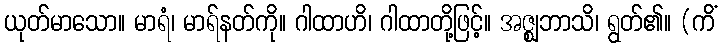
ယုတ်မာသော။ မာရံ၊ မာရ်နတ်ကို။ ဂါထာဟိ၊ ဂါထာတို့ဖြင့်။ အဇ္ဈဘာသိ၊ ရွတ်၏။ (ကိံ